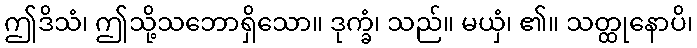
ဤဒိသံ၊ ဤသို့သဘောရှိသော။ ဒုက္ခံ၊ သည်။ မယှံ၊ ၏။ သတ္ထုနောပိ၊